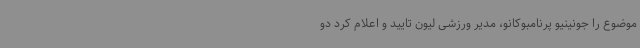
موضوع را جونینیو پرنامبوکانو، مدیر ورزشی لیون تایید و اعلام کرد دو